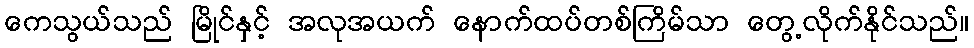
ကေသွယ်သည် မြိုင်နှင့် အလုအယက် နောက်ထပ်တစ်ကြိမ်သာ တွေ့လိုက်နိုင်သည်။